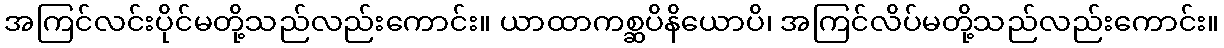
အကြင်လင်းပိုင်မတို့သည်လည်းကောင်း။ ယာထာကစ္ဆပိနိယောပိ၊ အကြင်လိပ်မတို့သည်လည်းကောင်း။